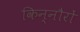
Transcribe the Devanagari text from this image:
किन्नौरों